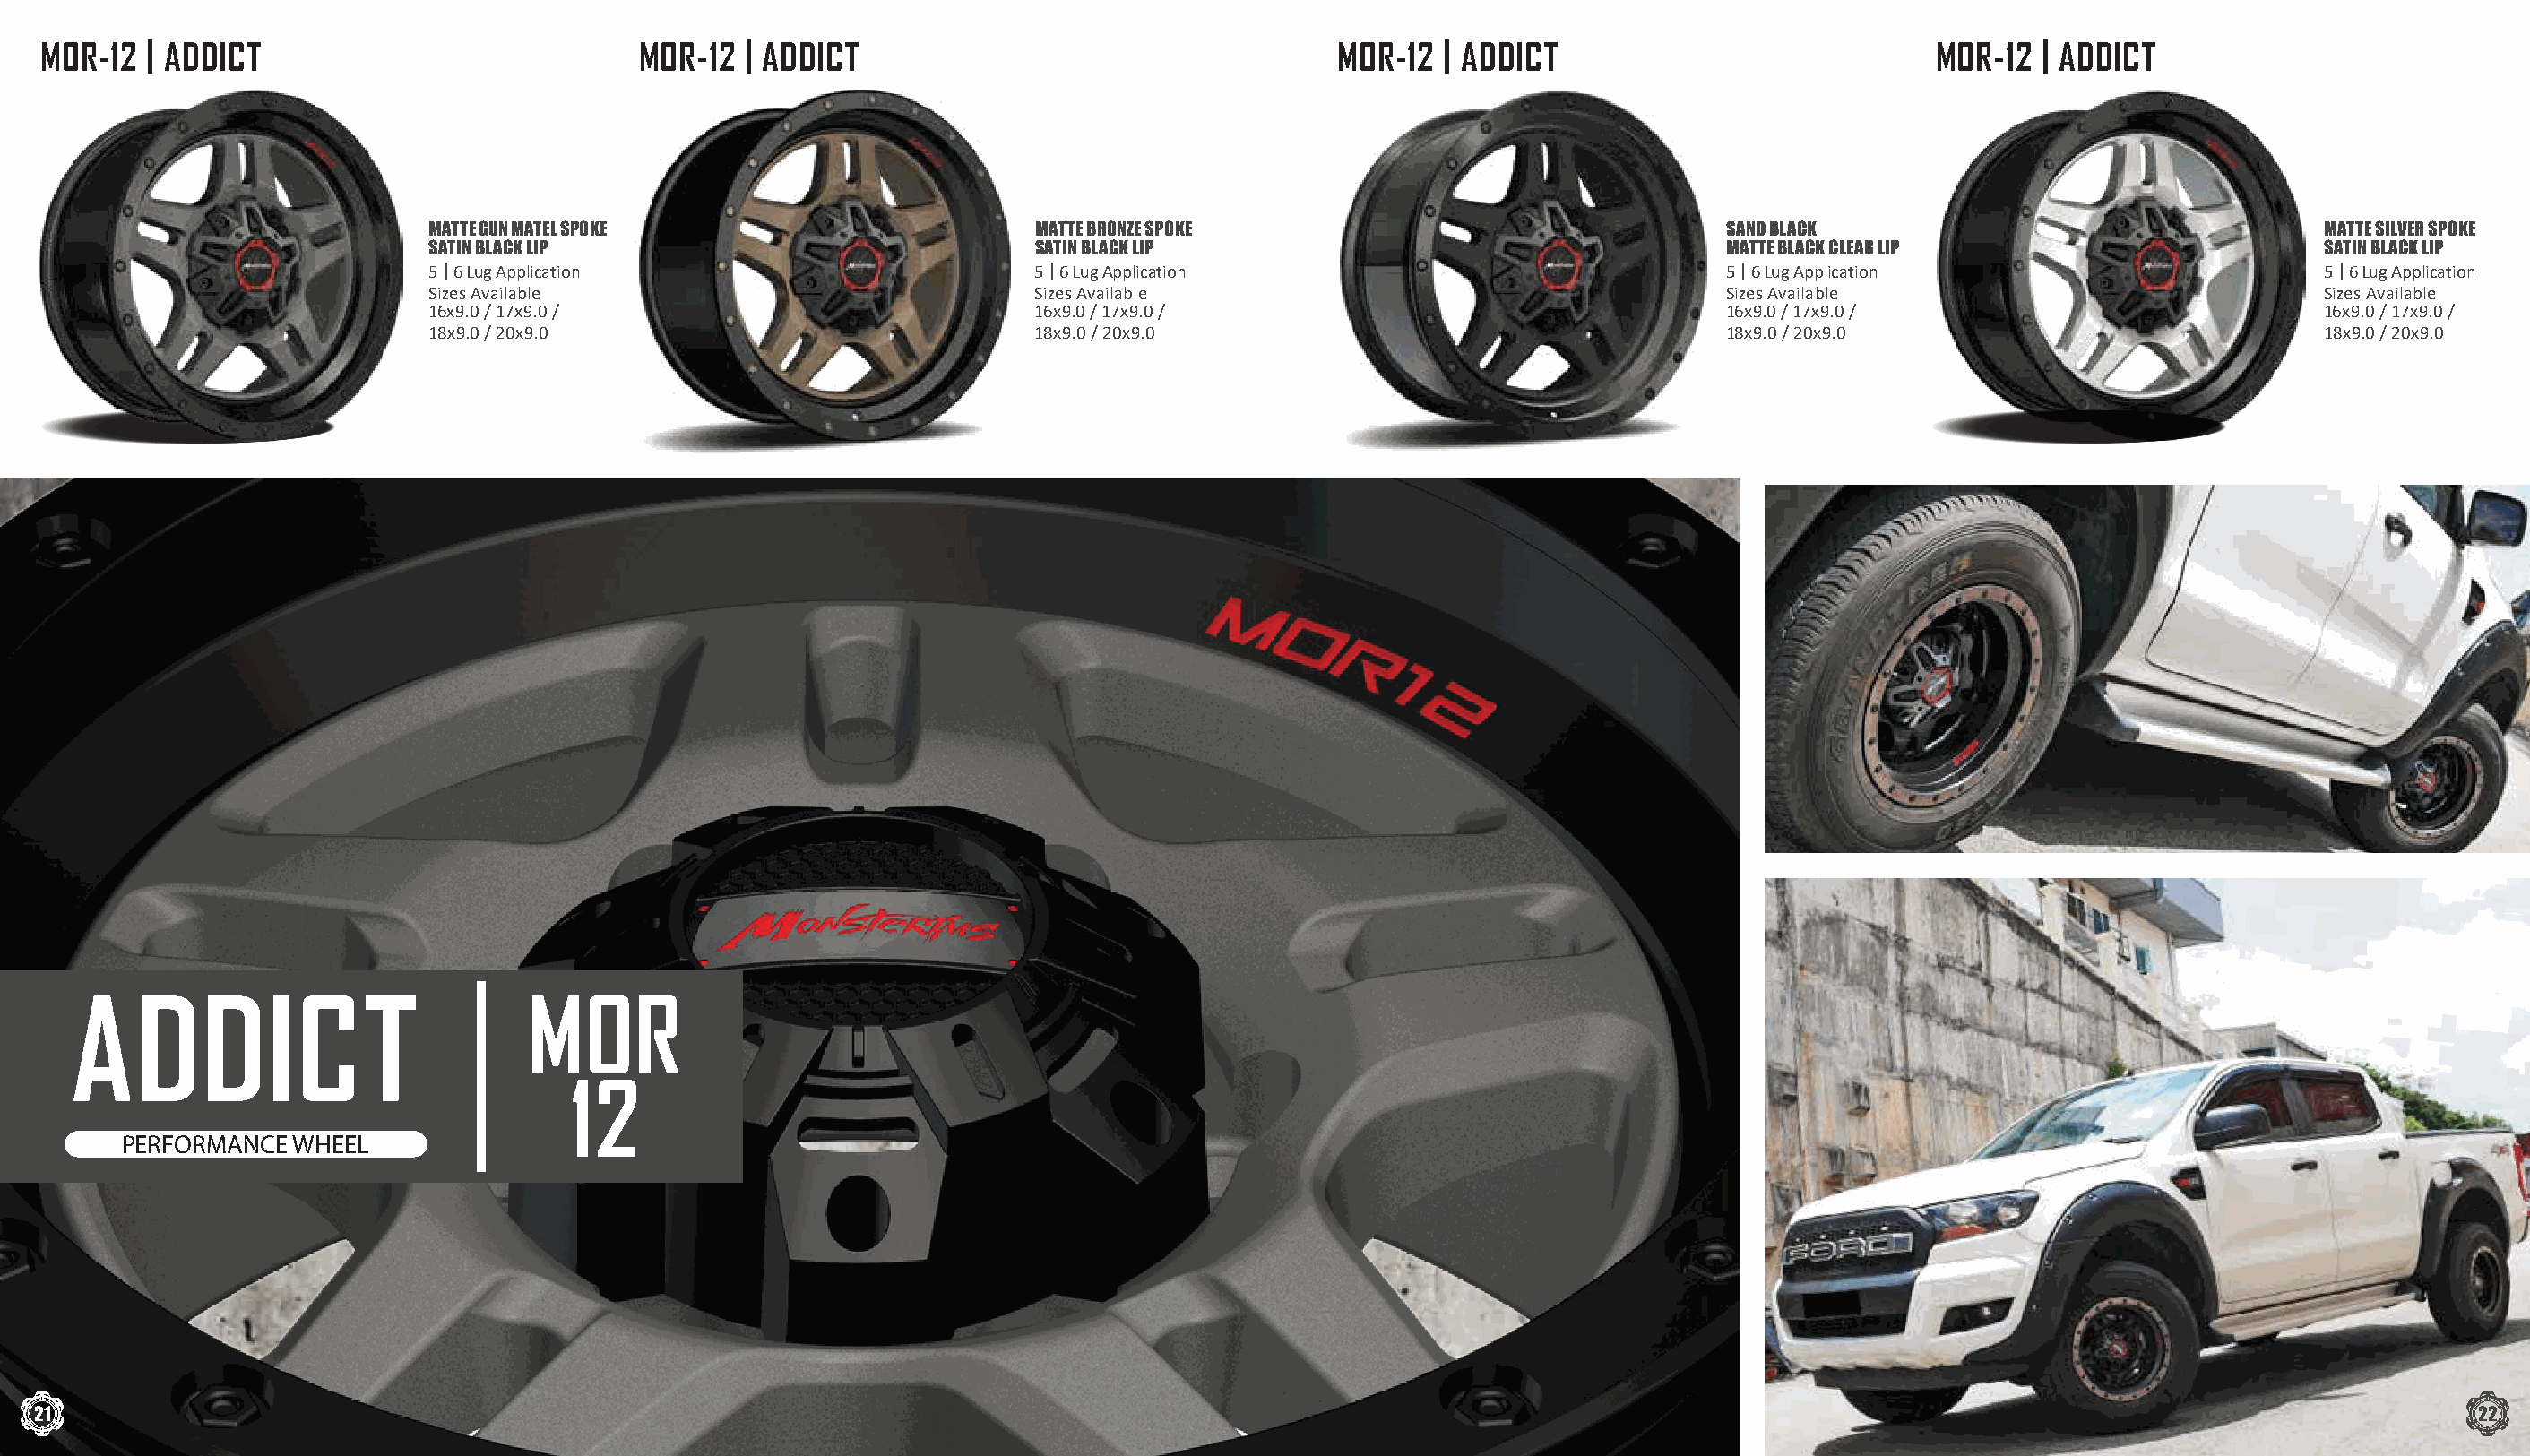
MOR-12  | ADDICT                            MOR-12  | ADDICT                                    MOR-12  | ADDICT                            MOR-12  | ADDICT
 MATTE GUN MATEL SPOKE                       MATTE BRONZE SPOKE                                 SAND BLACK                                   MATTE SILVER SPOKE
 SATIN BLACK LIP                             SATIN BLACK LIP                                    MATTE BLACK CLEAR LIP                        SATIN BLACK LIP
 5 | 6 Lug Application                       5 | 6 Lug Application                              5 | 6 Lug Application                        5 | 6 Lug Application
 Sizes Available                             Sizes Available                                    Sizes Available                              Sizes Available
 16x9.0 / 17x9.0 /                           16x9.0 / 17x9.0 /                                  16x9.0 / 17x9.0 /                            16x9.0 / 17x9.0 /
 18x9.0 / 20x9.0                             18x9.0 / 20x9.0                                    18x9.0 / 20x9.0                              18x9.0 / 20x9.0
 ADDICT                            MOR
 12
 PERFORMANCE  WHEEL
 21                                                                                                                                                                                  22